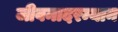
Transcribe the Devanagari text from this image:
जीवनादरम्यान